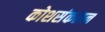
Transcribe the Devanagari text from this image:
कोशसंकलन